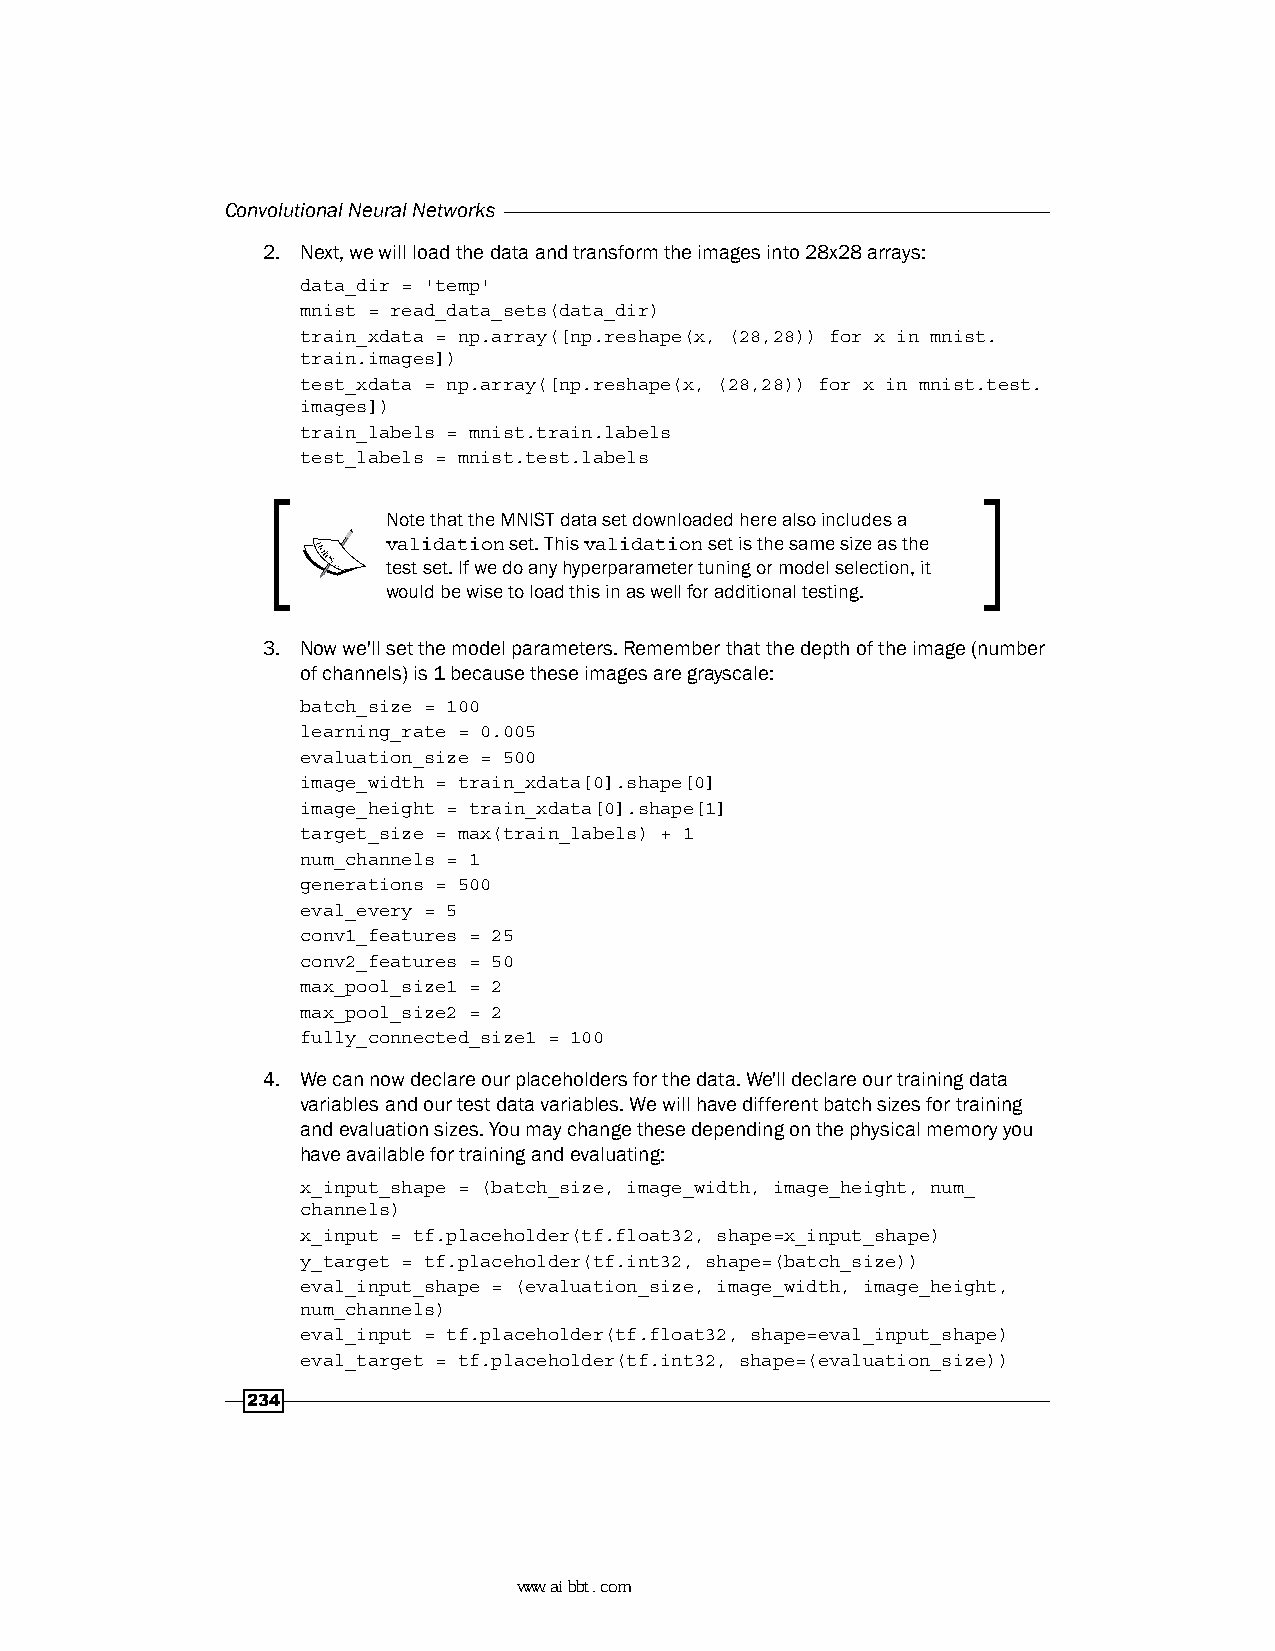
Convolutional Neural Networks
 2. Next, we will load the data and transform the images into 28x28 arrays:
 data_dir = 'temp'
 mnist = read_data_sets(data_dir)
 train_xdata = np.array([np.reshape(x, (28,28)) for x in mnist.
 train.images])
 test_xdata = np.array([np.reshape(x, (28,28)) for x in mnist.test.
 images])
 train_labels = mnist.train.labels
 test_labels = mnist.test.labels
 Note that the MNIST data set downloaded here also includes a
 validation set. This validation set is the same size as the
 test set. If we do any hyperparameter tuning or model selection, it
 would be wise to load this in as well for additional testing.
 3. Now we'll set the model parameters. Remember that the depth of the image (number
 of channels) is 1 because these images are grayscale:
 batch_size = 100
 learning_rate = 0.005
 evaluation_size = 500
 image_width = train_xdata[0].shape[0]
 image_height = train_xdata[0].shape[1]
 target_size = max(train_labels) + 1
 num_channels = 1
 generations = 500
 eval_every = 5
 conv1_features = 25
 conv2_features = 50
 max_pool_size1 = 2
 max_pool_size2 = 2
 fully_connected_size1 = 100
 4. We can now declare our placeholders for the data. We'll declare our training data
 variables and our test data variables. We will have different batch sizes for training
 and evaluation sizes. You may change these depending on the physical memory you
 have available for training and evaluating:
 x_input_shape = (batch_size, image_width, image_height, num_
 channels)
 x_input = tf.placeholder(tf.float32, shape=x_input_shape)
 y_target = tf.placeholder(tf.int32, shape=(batch_size))
 eval_input_shape = (evaluation_size, image_width, image_height,
 num_channels)
 eval_input = tf.placeholder(tf.float32, shape=eval_input_shape)
 eval_target = tf.placeholder(tf.int32, shape=(evaluation_size))
 234
 www.aibbt.com 让未来触手可及